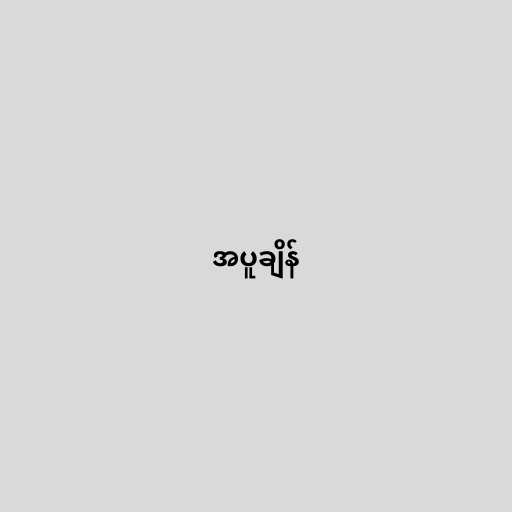
အပူချိန်